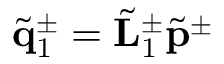
\tilde { \bf q } _ { 1 } ^ { \pm } = \tilde { \bf L } _ { 1 } ^ { \pm } \tilde { \bf p } ^ { \pm }